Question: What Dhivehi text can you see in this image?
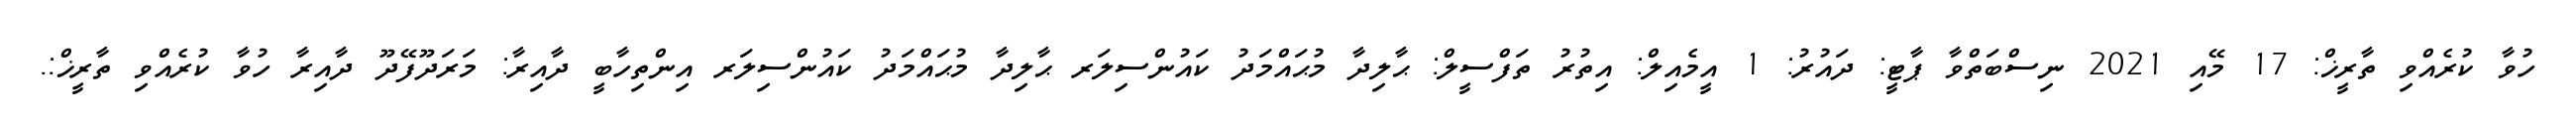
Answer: ހުވާ ކުރެއްވި ތާރީޚް: 17 މޭއި 2021 ނިސްބަތްވާ ޕާޓީ: ދައުރު: 1 އީމެއިލް: އިތުރު ތަފްސީލް: ޙާލިދާ މުޙައްމަދު ކައުންސިލަރ ޙާލިދާ މުޙައްމަދު ކައުންސިލަރ އިންތިހާބީ ދާއިރާ: މަރަދޫފޭދޫ ދާއިރާ ހުވާ ކުރެއްވި ތާރީޚް:.